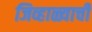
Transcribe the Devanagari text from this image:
जिव्हाळ्याची